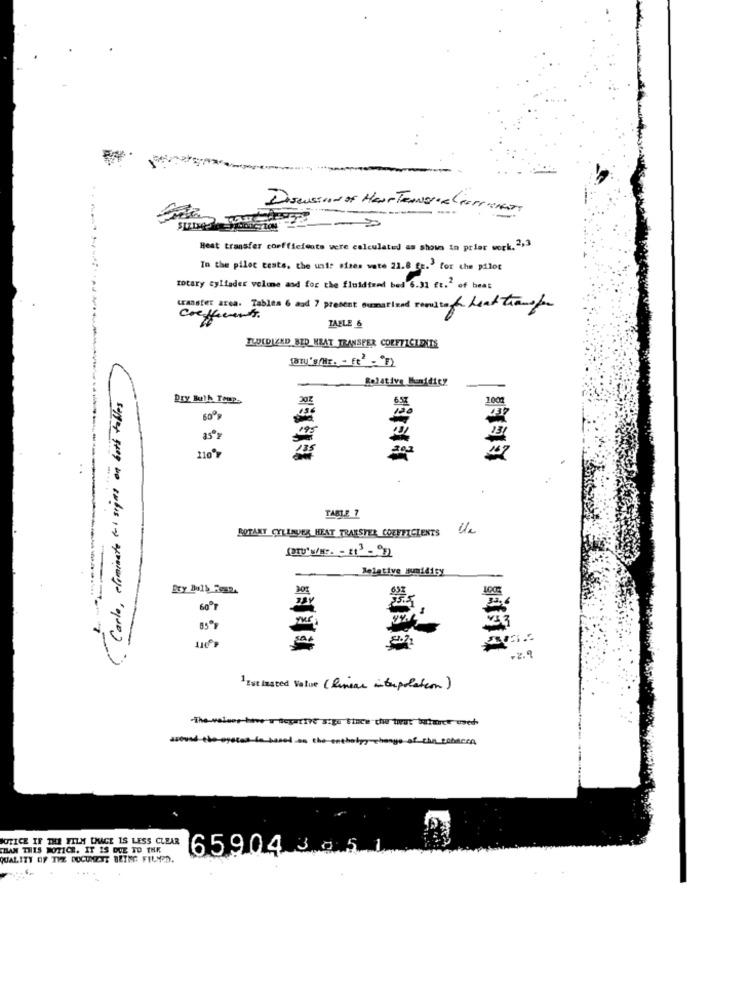
Discussion of Haar Tenore (forsenon
Heat transfer coefficients vere calculated as shown in prier work. 2,3
In the pilot tests, the unir vises wate 21.8 fr. for the pilot
rotary cylinder volume and for the fluidized bed 6.31 Et.2 of heat
transfer area. Tables 6 and 7 present oumariend resultof heat transfer
TABLE 6
FLUIDIZED BID HEAT TRANSFER COEFFICIENTS
Relative Humidity
Dry Bulk Trup.
30
1001
13
6. Carlo, eliminate -1 signs on 6
110
TABLE 7
BOTANY CYLINVER HEAT TRANSFER COEFFICIENTS UlA
Relative Humidity
60ºF
85ª
sa
-2.9
1 Istlasted Value ( kinear interpolation)
-The values towers dcpative sign Since du twee butare used
around the oyeras be based on the enthalpy change of the tobacco
NOTICE IF THE FILM LMAGE IS LESS CLEAR
THAN THIS NOTICE. IT IS DUE TO THE
65904 30.51
QUALITY OF THE DOCTORDIE BEING FILMOD.